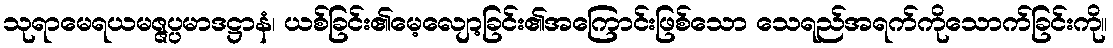
သုရာမေရယမဇ္ဇပ္ပမာဒဋ္ဌာနံ၊ ယစ်ခြင်း၏မေ့လျော့ခြင်း၏အကြောင်းဖြစ်သော သေရည်အရက်ကိုသောက်ခြင်းကို။